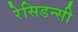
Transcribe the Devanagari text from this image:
रेसिडन्सी